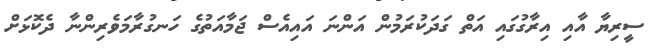
ސީރިޔާ އާއި އިރާގުގައި އަތް ގަދަކުރަމުން އަންނަ އައިއެސް ޖަމާއަތުގެ ހަނގުރާމަވެރިންނާ ދެކޮޅަށް